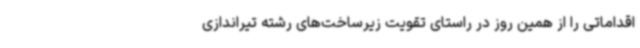
اقداماتی را از همین روز در راستای تقویت زیرساخت‌های رشته تیراندازی